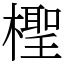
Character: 檉